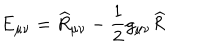
LaTeX: \mathrm { E } _ { \mu \nu } = \widehat { R } _ { \mu \nu } - \frac { 1 } { 2 } g _ { \mu \nu } \widehat { R }